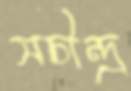
সচীন্দ্র